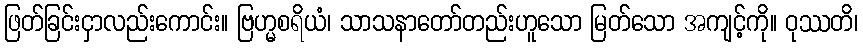
ဖြတ်ခြင်းငှာလည်းကောင်း။ ဗြဟ္မစရိယံ၊ သာသနာတော်တည်းဟူသော မြတ်သော အကျင့်ကို။ ဝုဿတိ၊